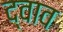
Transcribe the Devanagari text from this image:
द्वाव